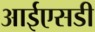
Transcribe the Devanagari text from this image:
आईएसडी